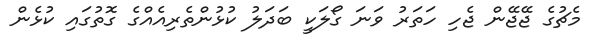
މެޗުގެ ޖޭޖޭން ޖެހި ހަތަރު ވަނަ ގޯލަކީ ބަދަލު ކުޅުންތެރިއެއްގެ ގޮތުގައި ކުޅެން